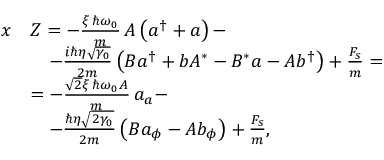
\begin{array} { r l } { x } & { Z = - \frac { \xi \, \hslash \omega _ { 0 } } { m } \, A \left( a ^ { \dag } + a \right) - } \\ & { \quad - \frac { i \hslash \eta \sqrt { \gamma _ { 0 } } } { 2 m } \left( B a ^ { \dag } + b A ^ { * } - B ^ { * } a - A b ^ { \dag } \right) + \frac { F _ { s } } { m } = } \\ & { = - \frac { \sqrt 2 \xi \, \hslash \omega _ { 0 } A } { m } \, a _ { a } - } \\ & { \quad - \frac { \hslash \eta \sqrt { 2 \gamma _ { 0 } } } { 2 m } \left( B a _ { \phi } - A b _ { \phi } \right) + \frac { F _ { s } } { m } , } \end{array}